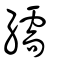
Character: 繻